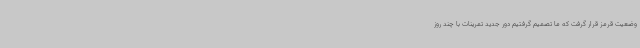
وضعیت قرمز قرار گرفت که ما تصمیم گرفتیم دور جدید تمرینات با چند روز